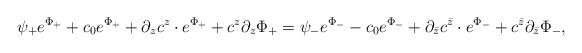
LaTeX: \begin{align*}\psi_{+}e^{\Phi_{+}} + c_{0}e^{\Phi_{+}} + \partial_{z} c^{z} \cdot e^{\Phi_{+}} + c^{z}\partial_{z}\Phi_{+} = \psi_{-}e^{\Phi_{-}} - c_{0}e^{\Phi_{-}} + \partial_{\bar{z}} c^{\bar{z}} \cdot e^{\Phi_{-}} + c^{\bar{z}}\partial_{\bar{z}}\Phi_{-},\end{align*}